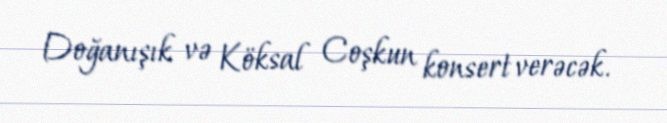
Doğanışık və Köksal Coşkun konsert verəcək.